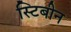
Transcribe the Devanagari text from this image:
स्टिबीन